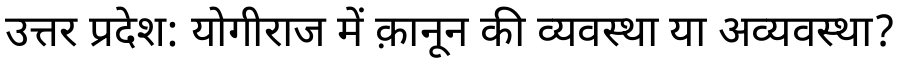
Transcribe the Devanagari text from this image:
उत्तर प्रदेश: योगीराज में क़ानून की व्यवस्था या अव्यवस्था?